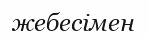
жебесімен